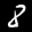
Label: 8